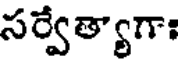
సర్వేత్యాగాః